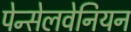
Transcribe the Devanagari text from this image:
पेन्सेलवेनियन